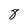
Character: 8